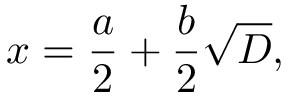
x = { \frac { a } { 2 } } + { \frac { b } { 2 } } { \sqrt { D } } ,